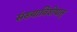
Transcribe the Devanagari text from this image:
संख्याविशेषात्